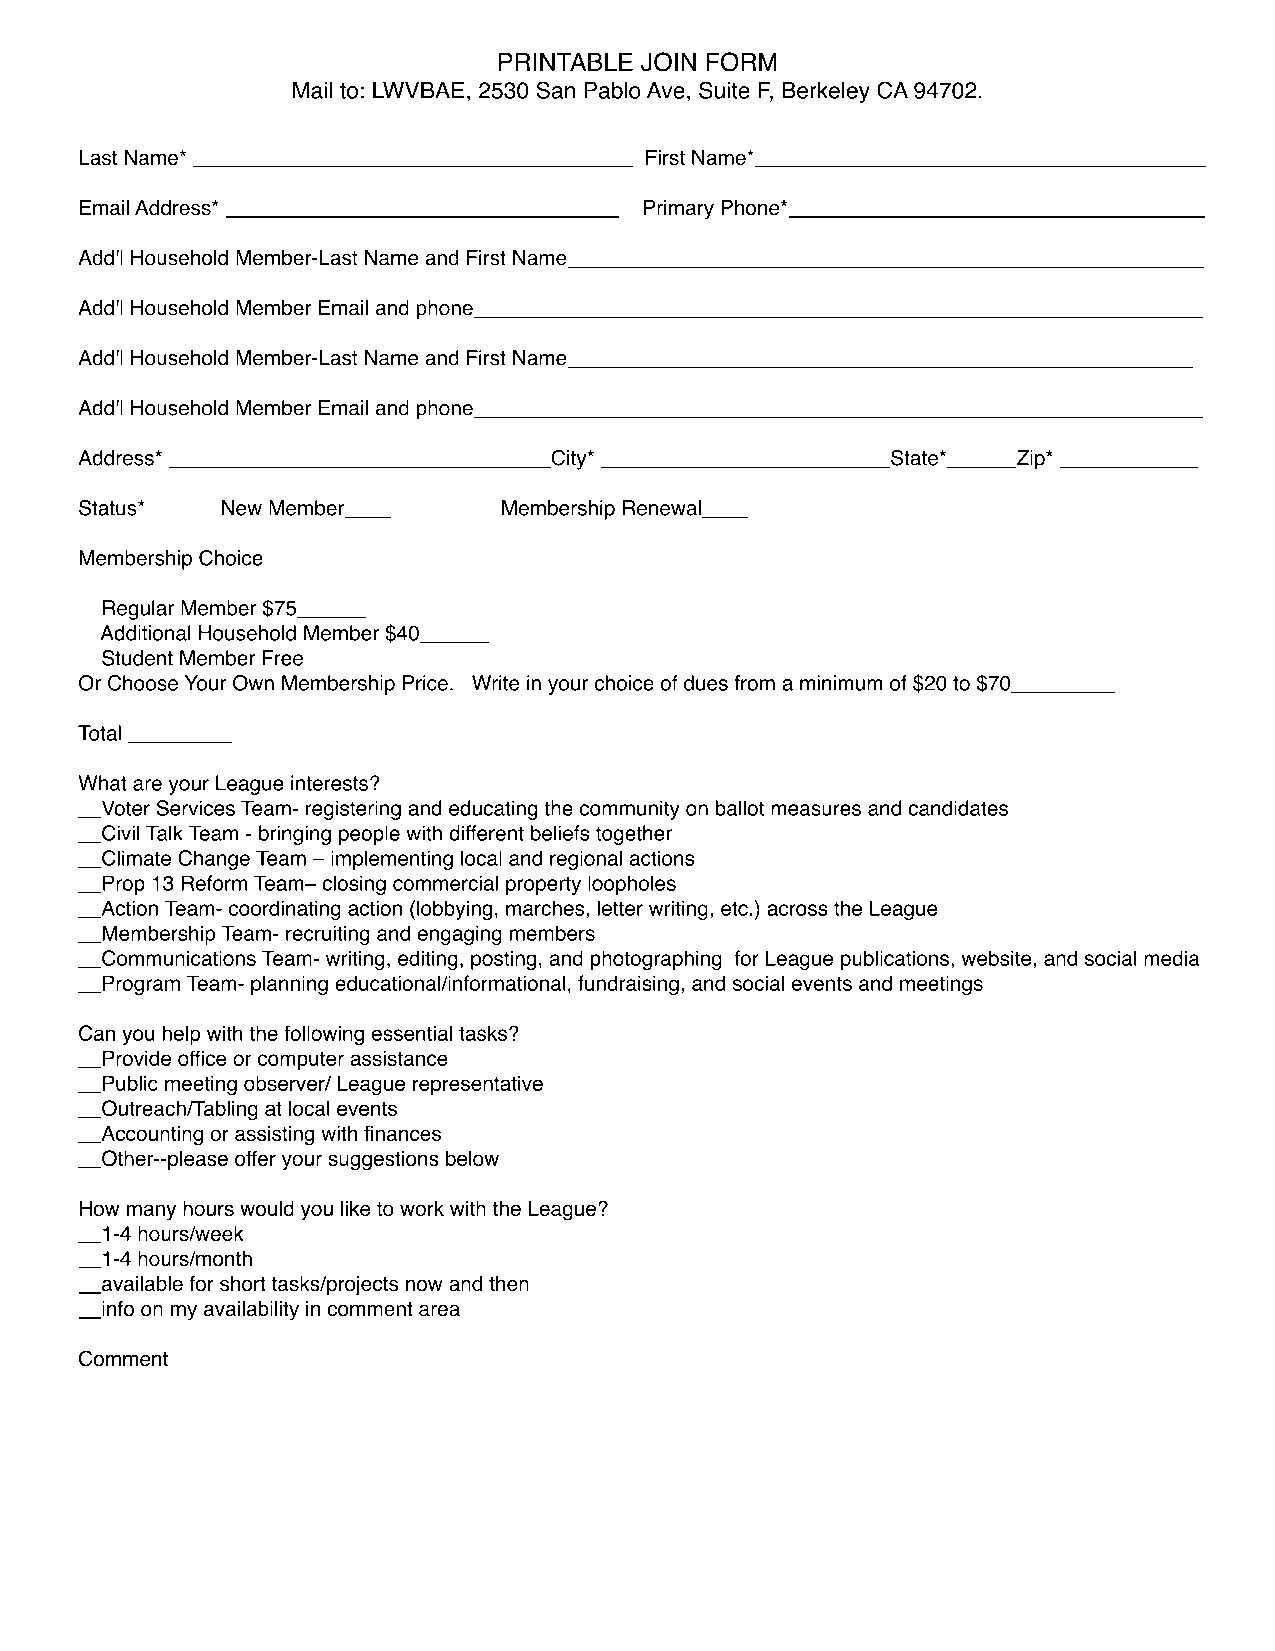
PRINTABLE JOIN FORM
 Mail to: LWVBAE, 2530 San Pablo Ave, Suite F, Berkeley CA 94702.
 Last Name* ______________________________________ First Name*_______________________________________
 Email Address* __________________________________ Primary Phone*____________________________________
 Add'l Household Member-Last Name and First Name_______________________________________________________
 Add'l Household Member Email and phone_______________________________________________________________
 Add'l Household Member-Last Name and First Name______________________________________________________
 Add'l Household Member Email and phone_______________________________________________________________
 AAddddrreessss** __________________________________________________________________CCiittyy** __________________________________________________SSttaattee**____________ZZiipp** ________________________
 Status*   New Member____    Membership Renewal____
 Membership Choice
 Regular Member $75______
 Additional Household Member $40______
 Student Member Free
 Or Choose Your Own Membership Price. Write in your choice of dues from a minimum of $20 to $70_________
 TTotal _________
 What are your League interests?
 __Voter Services Team- registering and educating the community on ballot measures and candidates
 __Civil Talk Team - bringing people with different beliefs together
 __Climate Change Team – implementing local and regional actions
 __Prop 13 Reform Team– closing commercial property loopholes
 __Action Team- coordinating action (lobbying, marches, letter writing, etc.) across the League
 ____MMeemmbbeerrsshhiipp Team- recruiting and engaging members
 __Communications Team- writing, editing, posting, and photographing for League publications, website, and social media
 __Program Team- planning educational/informational, fundraising, and social events and meetings
 Can you help with the following essential tasks?
 __Provide office or computer assistance
 __Public meeting observer/ League representative
 __Outreach/Tabling at local events
 ____AAccccoouunnttiinngg oorr aassssiissttiinngg wwiitthh ffiinnaanncceess
 __Other--please offer your suggestions below
 How many hours would you like to work with the League?
 __1-4 hours/week
 __1-4 hours/month
 __available for short tasks/projects now and then
 __info on my availability in comment area
 CCoommmmeenntt